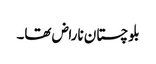
بلوچستان ناراض تھا۔